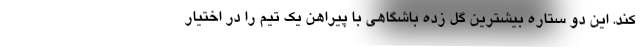
کند. این دو ستاره بیشترین گل زده باشگاهی با پیراهن یک تیم را در اختیار